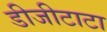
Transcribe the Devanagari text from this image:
डीजीटाटा